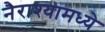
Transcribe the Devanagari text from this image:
नैराश्यामध्ये